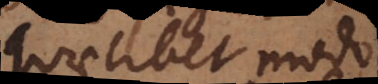
quaelibet modo